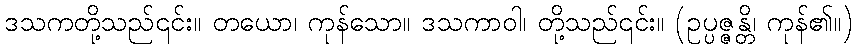
ဒသကတို့သည်၎င်း။ တယော၊ ကုန်သော။ ဒသကာဝါ၊ တို့သည်၎င်း။ (ဥပ္ပဇ္ဇန္တိ၊ ကုန်၏။)